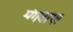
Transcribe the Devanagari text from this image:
मंगवाए।